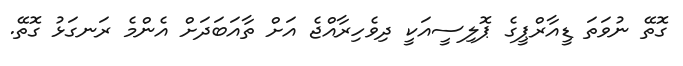
ގޮތޭ ނުވަތަ ޑީއާރްޕީގެ ޕޮލިސީއަކީ ދިވެހިރާއްޖެ އަށް ތާއަބަދަށް އެންމެ ރަނގަޅު ގޮތޭ.